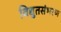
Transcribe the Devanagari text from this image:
विद्युतसंभरण